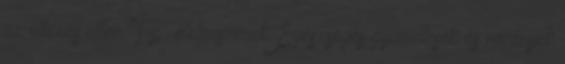
az elhízás ellen "Top" élelmiszerek Egészséges gyümölcsök és növények